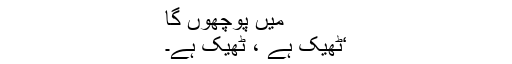
میں پوچھوں گا
‘ٹھیک ہے ، ٹھیک ہے۔